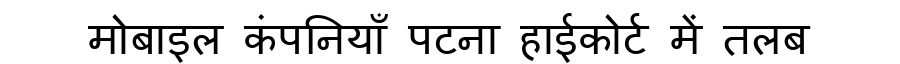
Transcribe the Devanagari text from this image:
मोबाइल कंपनियाँ पटना हाईकोर्ट में तलब